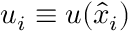
u _ { i } \equiv u ( \hat { x } _ { i } )